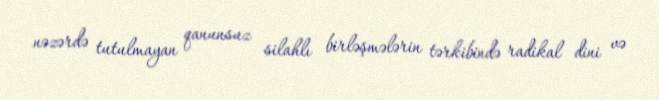
nəzərdə tutulmayan qanunsuz silahlı birləşmələrin tərkibində radikal dini və